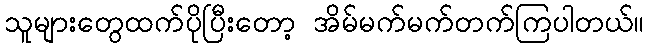
သူများတွေထက်ပိုပြီးတော့ အိမ်မက်မက်တက်ကြပါတယ်။